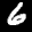
Label: 6